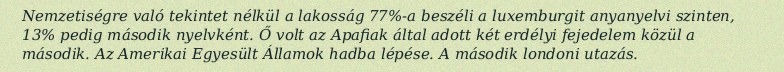
Nemzetiségre való tekintet nélkül a lakosság 77%-a beszéli a luxemburgit anyanyelvi szinten, 13% pedig második nyelvként. Ő volt az Apafiak által adott két erdélyi fejedelem közül a második. Az Amerikai Egyesült Államok hadba lépése. A második londoni utazás.